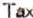
TAX